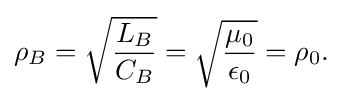
\rho _{B}={\sqrt {\frac {L_{B}}{C_{B}}}}={\sqrt {\frac {\mu _{0}}{\epsilon _{0}}}}=\rho _{0}.\